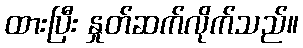
ထားပြီး နှုတ်ဆက်လိုက်သည်။